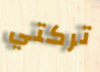
تركتي